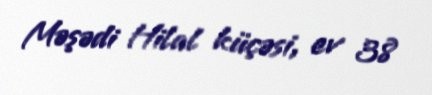
Məşədi Hilal küçəsi, ev 38